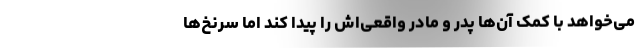
می‌خواهد با کمک آن‌ها پدر و مادر واقعی‌اش را پیدا کند اما سرنخ‌ها